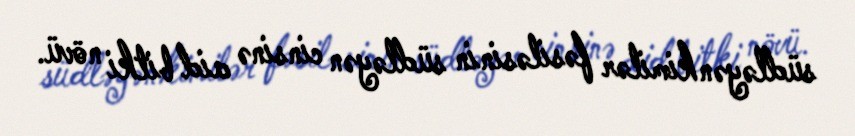
südləyənkimilər fəsiləsinin südləyən cinsinə aid bitki növü.